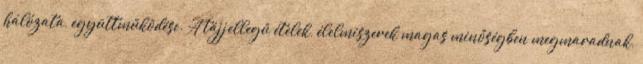
hálózata, együttműködése. A tájjellegű ételek, élelmiszerek magas minőségben megmaradnak,